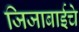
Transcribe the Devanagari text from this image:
जिजाबाईचे